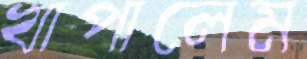
খাপালেম